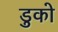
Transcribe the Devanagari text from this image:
डुको